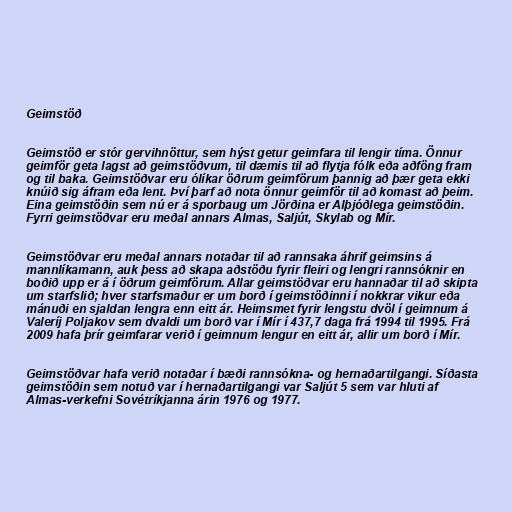
Geimstöð

Geimstöð er stór gervihnöttur, sem hýst getur geimfara til lengir tíma. Önnur
geimför geta lagst að geimstöðvum, til dæmis til að flytja fólk eða aðföng fram
og til baka. Geimstöðvar eru ólíkar öðrum geimförum þannig að þær geta ekki
knúið sig áfram eða lent. Því þarf að nota önnur geimför til að komast að þeim.
Eina geimstöðin sem nú er á sporbaug um Jörðina er Alþjóðlega geimstöðin.
Fyrri geimstöðvar eru meðal annars Almas, Saljút, Skylab og Mír.

Geimstöðvar eru meðal annars notaðar til að rannsaka áhrif geimsins á
mannlíkamann, auk þess að skapa aðstöðu fyrir fleiri og lengri rannsóknir en
boðið upp er á í öðrum geimförum. Allar geimstöðvar eru hannaðar til að skipta
um starfslið; hver starfsmaður er um borð í geimstöðinni í nokkrar vikur eða
mánuði en sjaldan lengra enn eitt ár. Heimsmet fyrir lengstu dvöl í geimnum á
Valeríj Poljakov sem dvaldi um borð var í Mír í 437,7 daga frá 1994 til 1995. Frá
2009 hafa þrír geimfarar verið í geimnum lengur en eitt ár, allir um borð í Mír.

Geimstöðvar hafa verið notaðar í bæði rannsókna- og hernaðartilgangi. Síðasta
geimstöðin sem notuð var í hernaðartilgangi var Saljút 5 sem var hluti af
Almas-verkefni Sovétríkjanna árin 1976 og 1977.